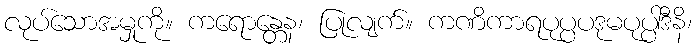
လုပ်သောအမှုကို။ ကရောန္တေန၊ ပြုလျက်။ ကဏိကာရပုပ္ပပဒုမပုပ္ပါဒီနိ၊